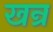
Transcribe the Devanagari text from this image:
खन्र